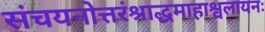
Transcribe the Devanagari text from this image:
संचयनोत्तरंश्राद्धमाहाश्वलायनः